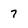
Character: 7